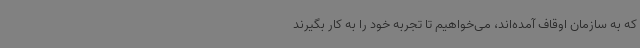
که به سازمان اوقاف آمده‌اند، می‌خواهیم تا تجربه خود را به کار بگیرند